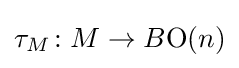
\tau _{M}\colon M\to B{\textrm {O}}(n)